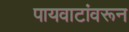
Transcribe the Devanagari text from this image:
पायवाटांवरून